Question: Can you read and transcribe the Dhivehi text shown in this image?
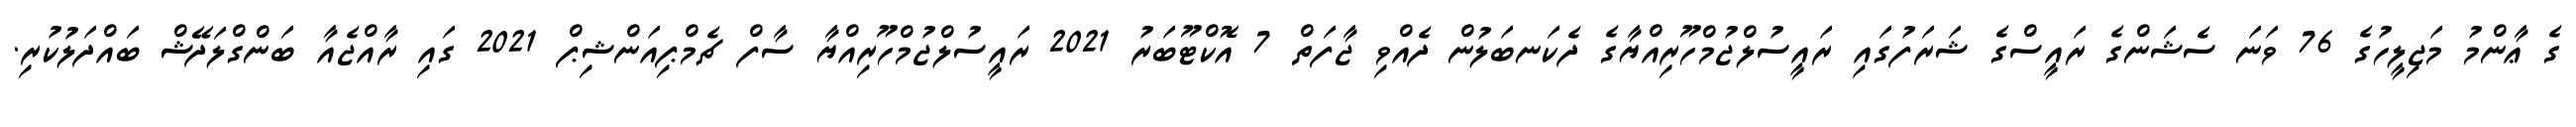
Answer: ގެ ޢާންމު މަޖިލީހުގެ 76 ވަނަ ސެޝަންގެ ރައީސްގެ ޝަރަފުގައި ރައީސުލްޖުމްހޫރިއްޔާގެ ދެކަނބަލުން ދެއްވި ޖާފަތް 7 އޮކްޓޫބަރު 2021 ރައީސުލްޖުމްހޫރިއްޔާ ސާފް ޗެމްޕިއަންޝިޕް 2021 ގައި ރާއްޖެއާ ބަންގްލަދޭޝް ބައްދަލުކުރި.